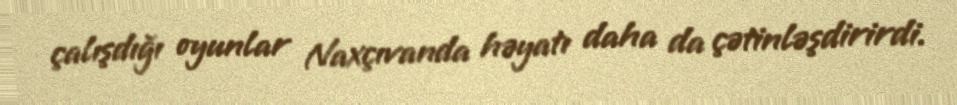
çalışdığı oyunlar Naxçıvanda həyatı daha da çətinləşdirirdi.